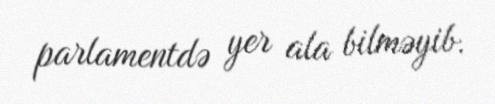
parlamentdə yer ala bilməyib.